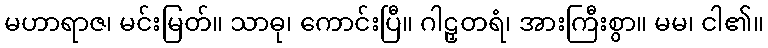
မဟာရာဇ၊ မင်းမြတ်။ သာဓု၊ ကောင်းပြီ။ ဂါဠှတရံ၊ အားကြီးစွာ။ မမ၊ ငါ၏။